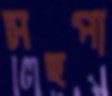
সহপা